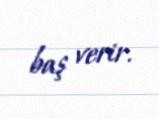
baş verir.